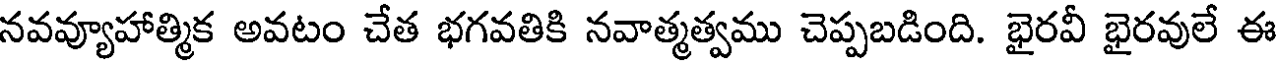
నవవ్యూహాత్మిక అవటం చేత భగవతికి నవాత్మత్వము చెప్పబడింది. భైరవీ భైరవులే ఈ